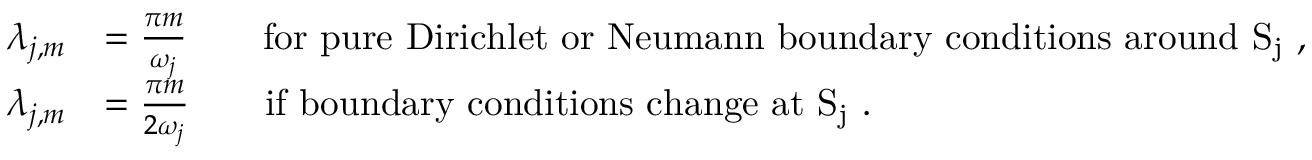
\begin{array} { r l } { \lambda _ { j , m } } & { = \frac { \pi m } { \omega _ { j } } \qquad \mathrm { f o r ~ p u r e ~ D i r i c h l e t ~ o r ~ N e u m a n n ~ b o u n d a r y ~ c o n d i t i o n s ~ a r o u n d ~ S _ j ~ } , } \\ { \lambda _ { j , m } } & { = \frac { \pi m } { 2 \omega _ { j } } \qquad \mathrm { i f ~ b o u n d a r y ~ c o n d i t i o n s ~ c h a n g e ~ a t ~ S _ j ~ . } } \end{array}